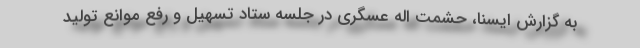
به گزارش ایسنا، حشمت اله عسگری در جلسه ستاد تسهیل و رفع موانع تولید